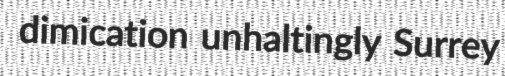
dimication unhaltingly Surrey